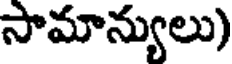
సామాన్యులు)